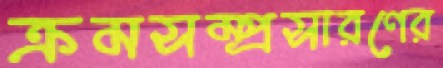
ক্রমসম্প্রসারণের